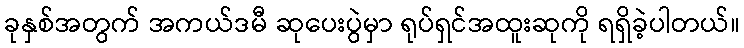
ခုနှစ်အတွက် အကယ်ဒမီ ဆုပေးပွဲမှာ ရုပ်ရှင်အထူးဆုကို ရရှိခဲ့ပါတယ်။